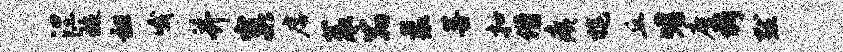
涅琉袒哦并窠虐蓑宿曩菩扣借痍旄丘嗜廑析默